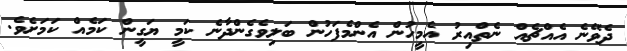
ދެވޭނެ އެއްޗެއް ނެތްއިރު އެމީހުން އެންމެފަހުން ބަލިވެގެންދާނެ ކަމީ ޔަގީން ކަމެއް ކަމަށެވެ.